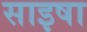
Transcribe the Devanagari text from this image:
साइषा